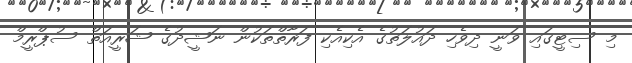
މި ސިޓީގައި ވަނީ ދިވެހި ދައުލަތުގެ އެކިއެކި ފަރާތްތަކުން ނަޝީދުގެ ޝަރީއަތް ސުޕްރީމް